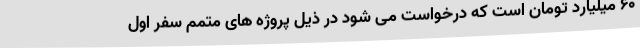
۶۰ میلیارد تومان است که درخواست می شود در ذیل پروژه های متمم سفر اول